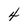
Character: 4